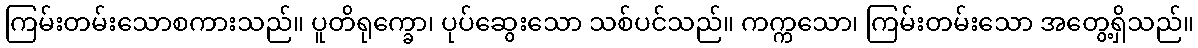
ကြမ်းတမ်းသောစကားသည်။ ပူတိရုက္ခော၊ ပုပ်ဆွေးသော သစ်ပင်သည်။ ကက္ကသော၊ ကြမ်းတမ်းသော အတွေ့ရှိသည်။